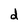
Character: d